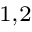
^ { 1 , 2 }